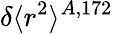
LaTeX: \delta\langle r^{2}\rangle^{A,172}